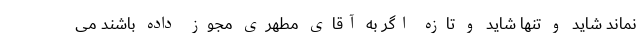
نماند شاید و تنها شاید و تازه اگر به آقای مطهری مجوز داده باشند می